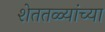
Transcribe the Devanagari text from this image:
शेततळ्यांच्या